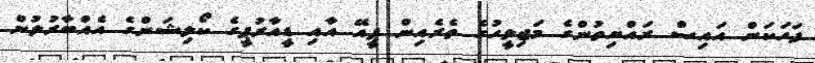
ފަހަކަން އައިސް ރައްޔިތުންގެ މަޖިލީހުގެ ތެރެއިން ޕީއޭ އާއި ޑީއާރުޕީގެ ކޯލިޝަންގެ އެއްބާރުލުން